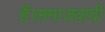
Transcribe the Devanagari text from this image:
हैं।समाजवादी